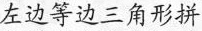
左边等边三角形